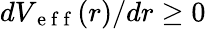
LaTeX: dV_{\mathrm{~e~f~f~}}(r)/dr\ge 0